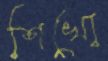
শিখো